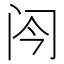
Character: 𬮞